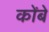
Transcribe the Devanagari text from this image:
कोंबे